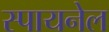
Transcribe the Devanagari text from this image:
स्पायनेल